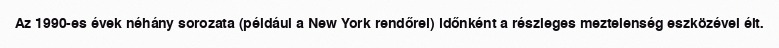
Az 1990-es évek néhány sorozata (például a New York rendőrei) időnként a részleges meztelenség eszközével élt.